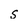
Character: s